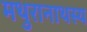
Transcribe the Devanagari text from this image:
मथुरानाथस्य